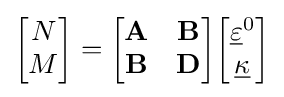
{\begin{bmatrix}N\\M\end{bmatrix}}={\begin{bmatrix}\mathbf {A} &\mathbf {B} \\\mathbf {B} &\mathbf {D} \end{bmatrix}}{\begin{bmatrix}{\underline {\varepsilon }}^{0}\\{\underline {\kappa }}\end{bmatrix}}